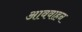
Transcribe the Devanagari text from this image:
आववाहन